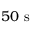
5 0 \textrm { s }